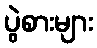
ပွဲစားများ